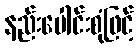
နည်းပေါင်းစုံဖြင့်